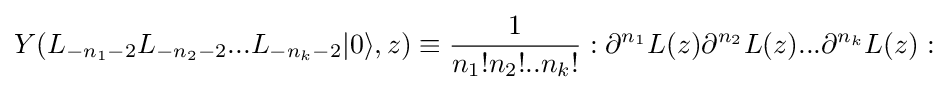
Y(L_{-n_{1}-2}L_{-n_{2}-2}...L_{-n_{k}-2}|0\rangle ,z)\equiv {\frac {1}{n_{1}!n_{2}!..n_{k}!}}:\partial ^{n_{1}}L(z)\partial ^{n_{2}}L(z)...\partial ^{n_{k}}L(z):